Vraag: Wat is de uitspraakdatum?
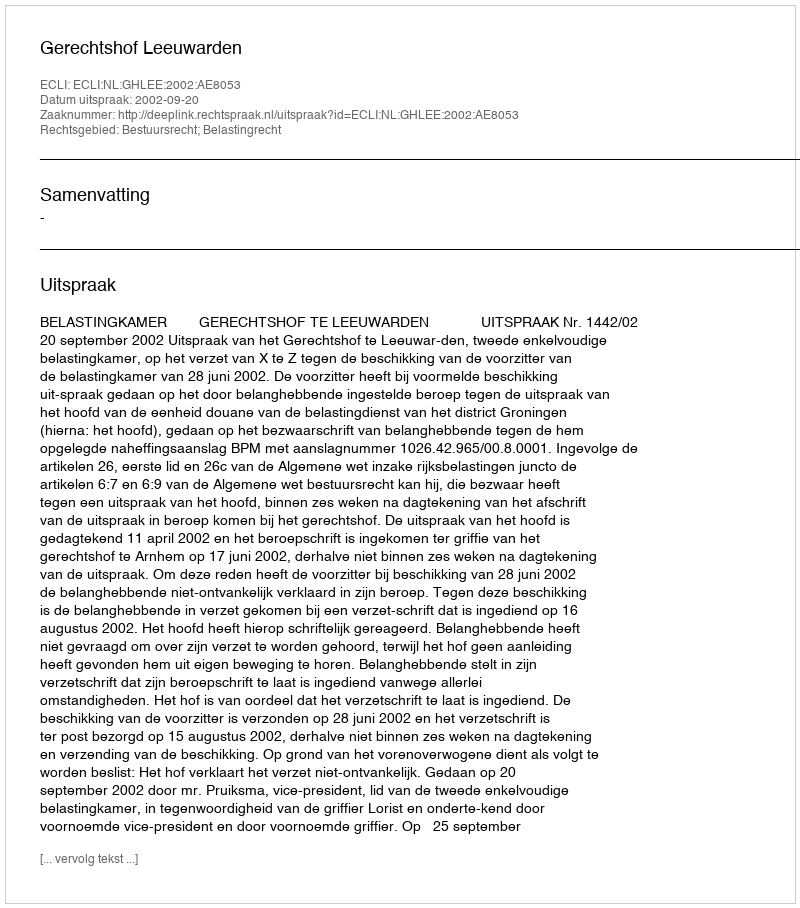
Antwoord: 2002-09-20